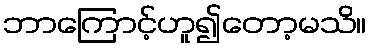
ဘာကြောင့်ဟူ၍တော့မသိ။